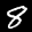
Label: 8